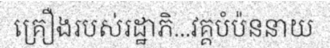
គ្រឿងរបស់រដ្ឋាភិ...វគ្គបំប៉ននាយ